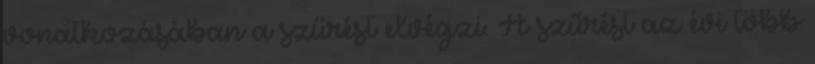
vonatkozásában a szűrést elvégzi. A szűrést az évi több